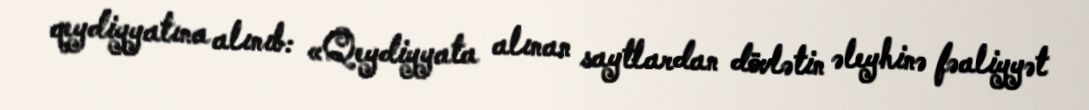
qeydiyyatına alınıb: «Qeydiyyata alınan saytlardan dövlətin əleyhinə fəaliyyət